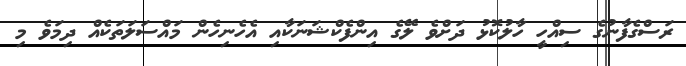
ރަސްގެފާނުގެ ސިއްހީ ހާލުކޮޅު ދަށްވެ ލޭގެ އިންފެކްޝަނަކާއި އެހެނިހެން މައްސަލަތަކެއް ދިމަވެ މި